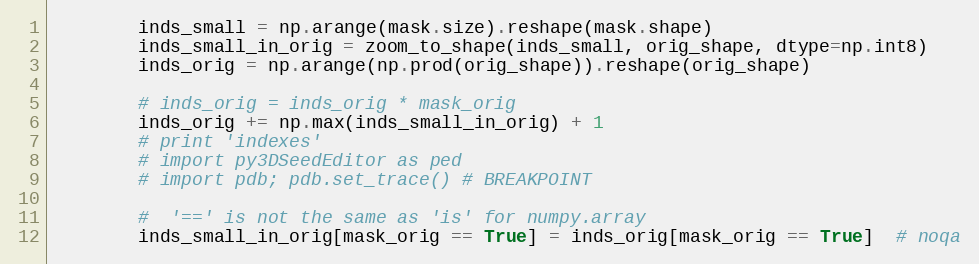
Language: Python
        inds_small = np.arange(mask.size).reshape(mask.shape)
        inds_small_in_orig = zoom_to_shape(inds_small, orig_shape, dtype=np.int8)
        inds_orig = np.arange(np.prod(orig_shape)).reshape(orig_shape)

        # inds_orig = inds_orig * mask_orig
        inds_orig += np.max(inds_small_in_orig) + 1
        # print 'indexes'
        # import py3DSeedEditor as ped
        # import pdb; pdb.set_trace() # BREAKPOINT

        #  '==' is not the same as 'is' for numpy.array
        inds_small_in_orig[mask_orig == True] = inds_orig[mask_orig == True]  # noqa